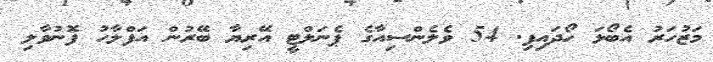
މަޒުހަރު އެބޯޅަ ހޯދައިފި. 54 ވެލެންސިއާގެ ޕެނަލްޓީ އޭރިޔާ ބޭރުން އަފްލާހު ފޮނުވާލި